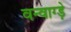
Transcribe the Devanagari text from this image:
वन्वाग्ड़े